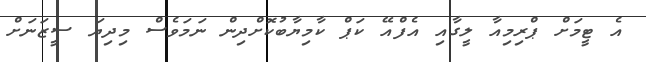
އެ ޓީމަށް ޕްރިމިއާ ލީގާއި އެފްއޭ ކަޕް ކާމިޔާބުކޮށްދިން ނަމަވެސް މިދިޔަ ސީޒަނަށް